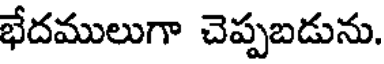
భేదములుగా చెప్పబడును.